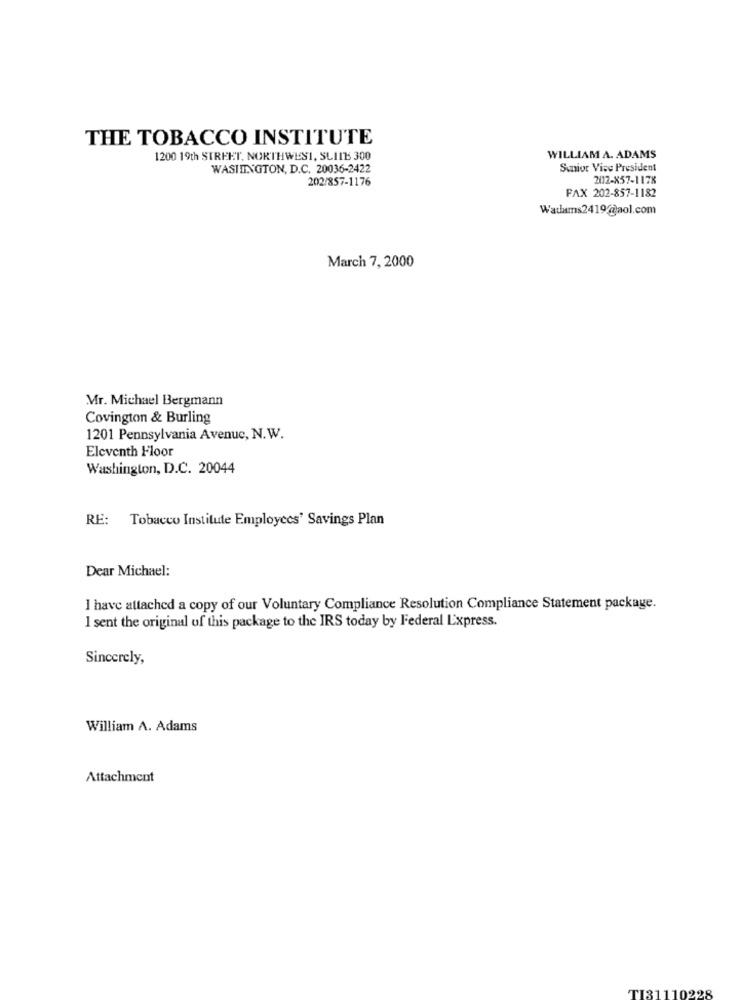
THE TOBACCO INSTITUTE
1200 19th STREET, NORTHWEST, SLILE 300
WILLIAM A. ADAMS
WASHINGTON, D.C. 20036-2422
Senior Vice President
202/857-1176
2012-X57-1178
FAX 202-857-1182
March 7, 2000
Mr. Michael Bergmann
Covington & Burling
1201 Pennsylvania Avenue, N.W.
Eleventh Floor
Washington, D.C. 20044
RE: Tobacco Institute Employees' Savings Plan
Dear Michael:
I have attached a copy of our Voluntary Compliance Resolution Compliance Statement package.
I sent the original of this package to the IRS today by Federal Express.
Sincerely,
William A. Adams
Attachment
TI31110228